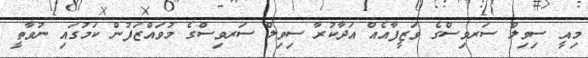
މިއީ ސިވިލް ސަރވިސްގެ ވަޒީފާއެއް އަދާކުރާ ސިވިލް ސަރވިސްގެ މުވައްޒަފުން ކަމުގައި ނުވާތީ